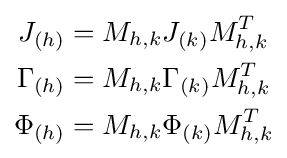
{\begin{aligned}J_{(h)}&=M_{h,k}J_{(k)}M_{h,k}^{T}\\\Gamma _{(h)}&=M_{h,k}\Gamma _{(k)}M_{h,k}^{T}\\\Phi _{(h)}&=M_{h,k}\Phi _{(k)}M_{h,k}^{T}\end{aligned}}